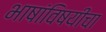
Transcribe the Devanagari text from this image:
भाषांविषयीचा